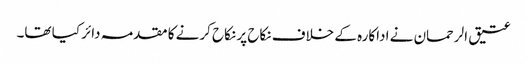
عتیق الرحمان نے اداکارہ کے خلاف نکاح پر نکاح کرنے کا مقدمہ دائر کیا تھا۔